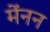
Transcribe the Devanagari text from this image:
मेंनन